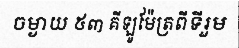
ចម្ងាយ ៥៣ គីឡូម៉ែត្រពីទីរួម